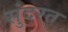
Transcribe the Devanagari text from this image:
सुंदरत